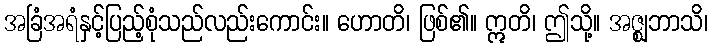
အခြံအရံနှင့်ပြည့်စုံသည်လည်းကောင်း။ ဟောတိ၊ ဖြစ်၏။ ဣတိ၊ ဤသို့။ အဇ္ဈဘာသိ၊